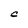
Character: c